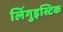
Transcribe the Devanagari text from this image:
लिंगुइस्टिक